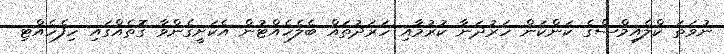
ނުވަތަ ކްލެއިމްސްގެ ކަންކަން ހަރުދަނާ ކުރުމާއި ހަރަދުތައް ބެލެހެއްޓުން އެކަށީގެންވާ ގޮތެއްގައި ހިފެހެއްޓި